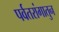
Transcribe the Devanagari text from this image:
पर्वतरांगातुन